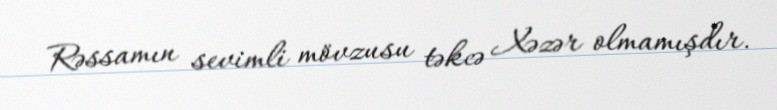
Rəssamın sevimli mövzusu təkcə Xəzər olmamışdır.